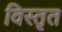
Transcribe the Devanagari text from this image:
विस्‍तृत